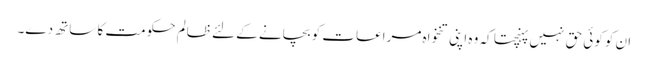
ان کو کوئی حق نہیں پہنچتا کہ وہ اپنی تنخواہ مراعات کو بچانے کے لئے ظالم حکومت کا ساتھ دے۔